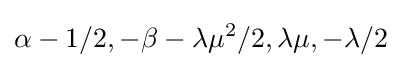
\alpha -1/2,-\beta -\lambda \mu ^{2}/2,\lambda \mu ,-\lambda /2